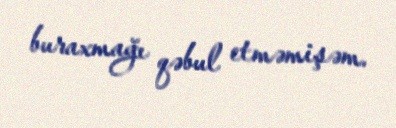
buraxmağı qəbul etməmişəm.